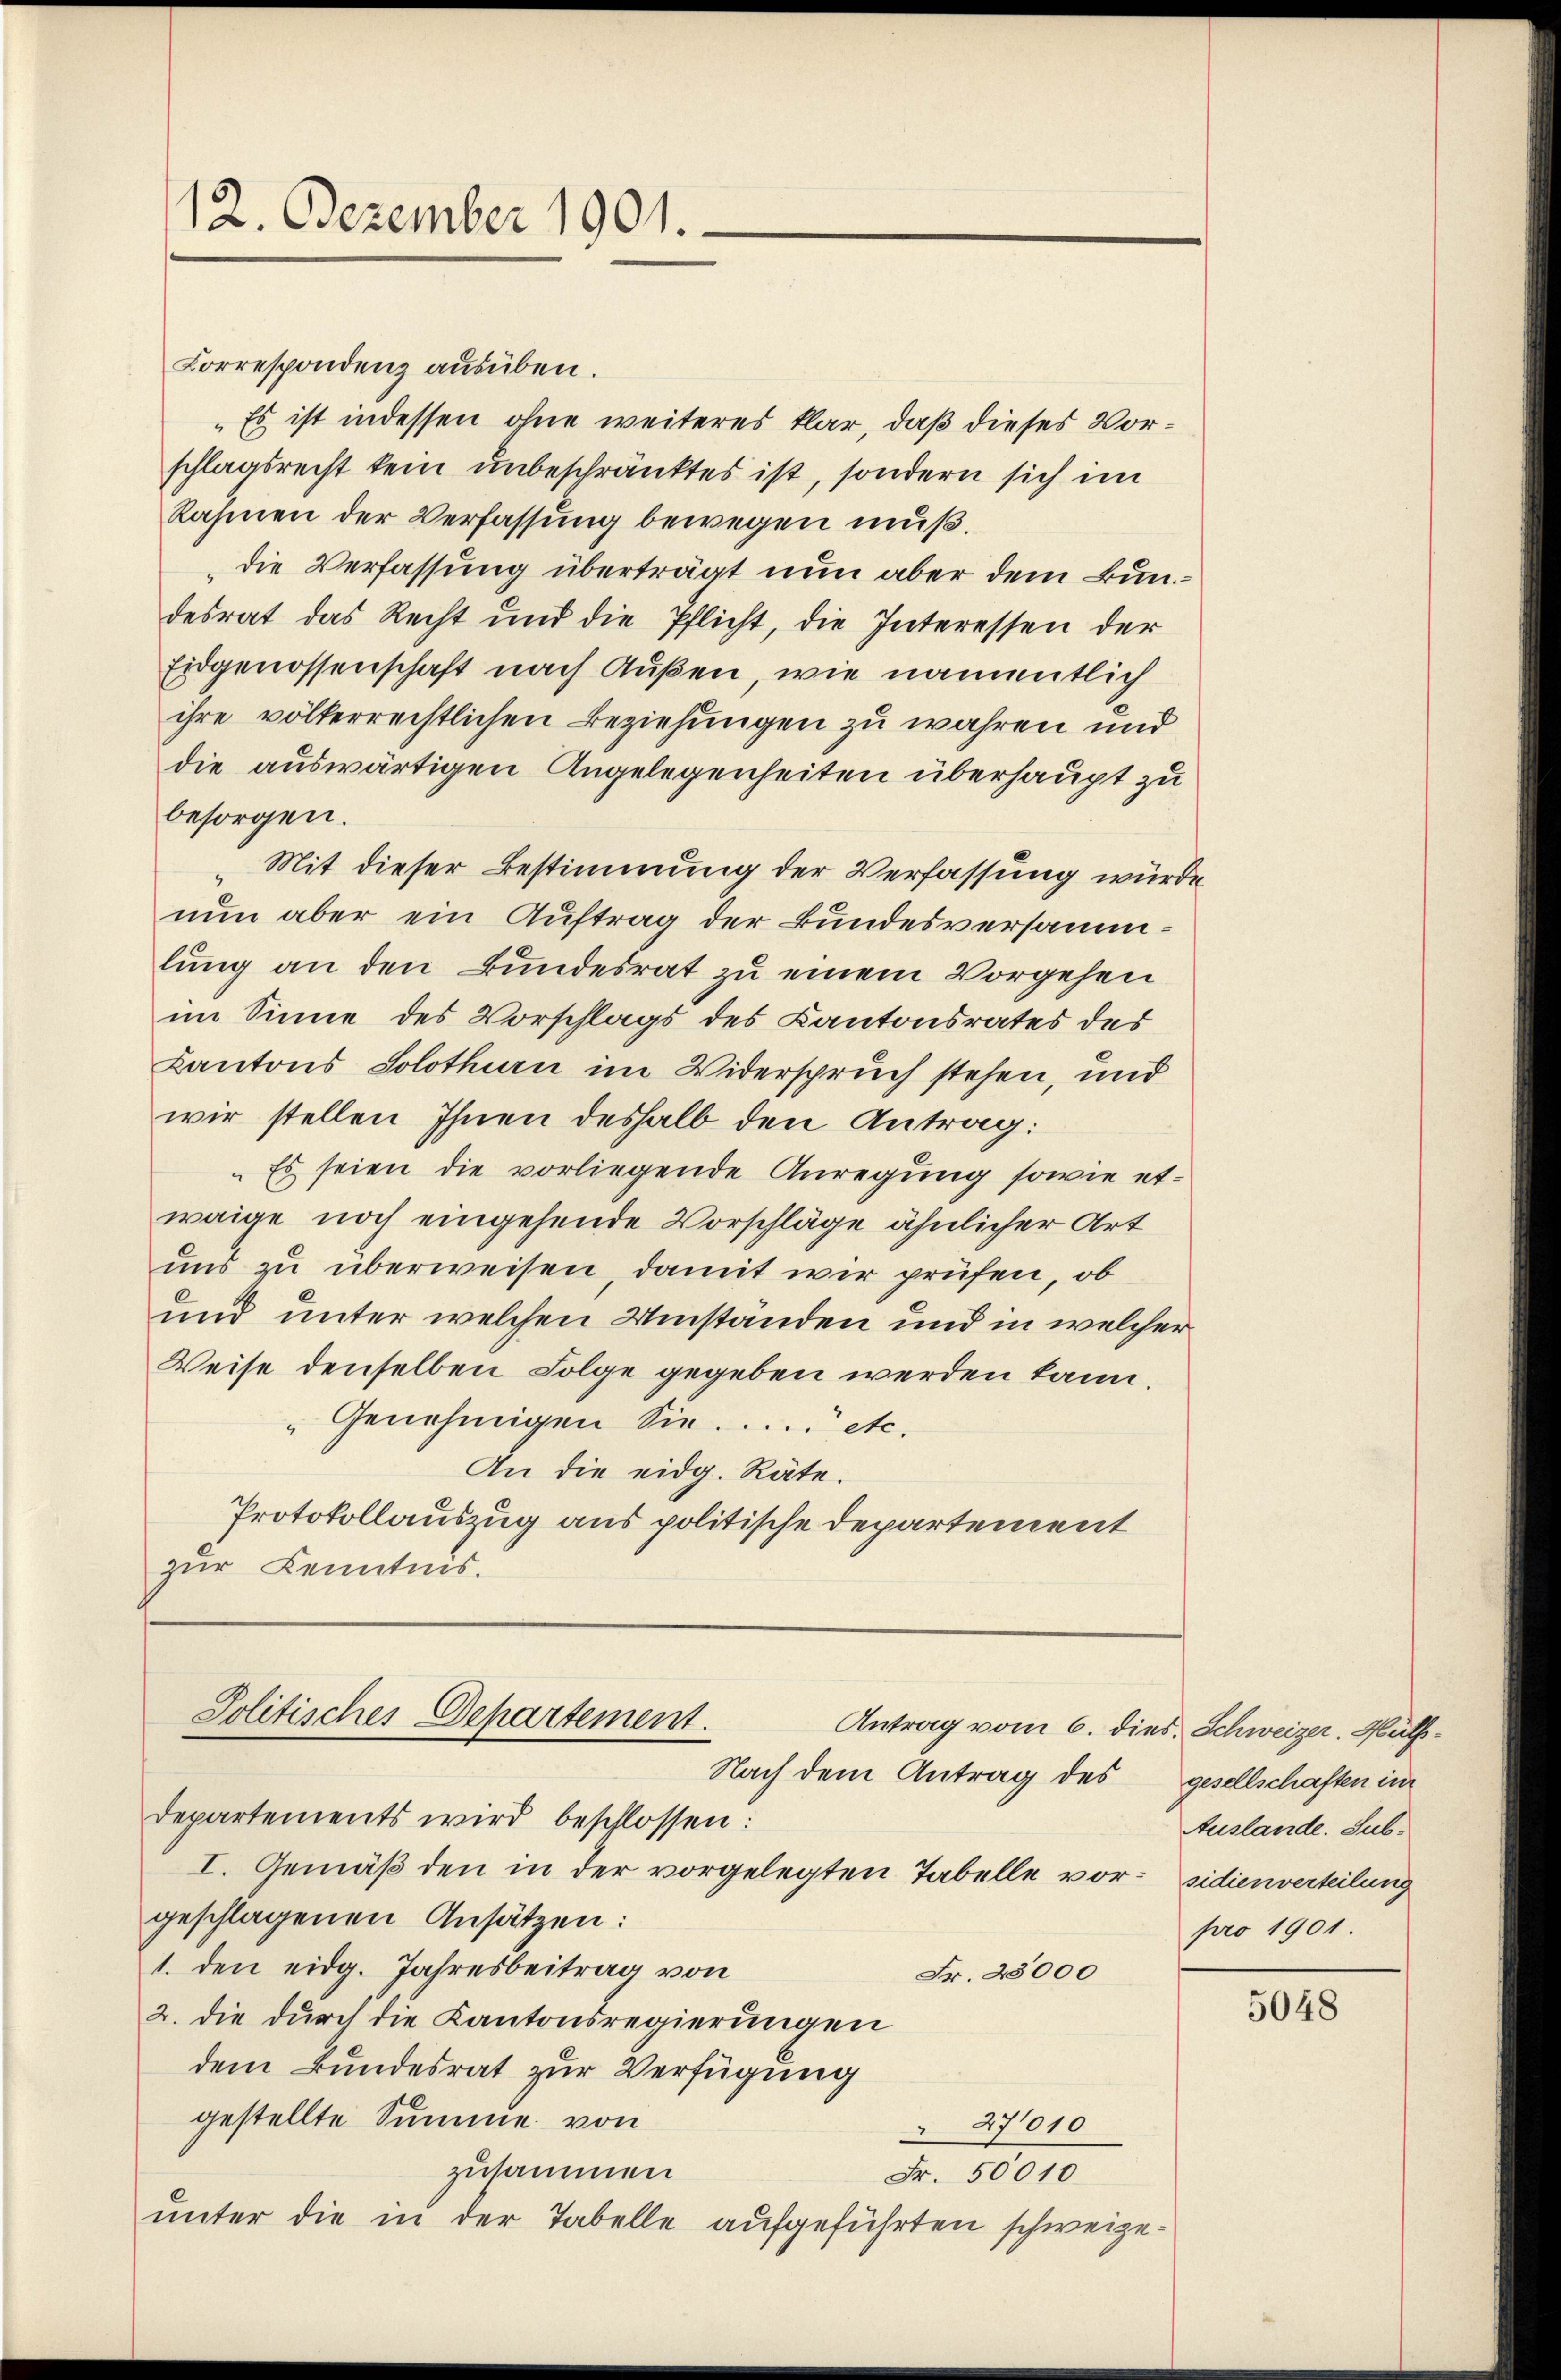
12. Dezember 1901.

Korrespondenz aŭsüben.
Es ist indessen ohne weiteres klar, daß dieses Vorschlagsrecht kein unbeschränktes ist, sondern sich im
Rahmen der Verfassung bewegen muß.
die Verfassung überträgt nun aber dem Bundesrat das Recht und die Pflicht, die Interessen der
Eidgenossenschaft nach Außen, wie namentlich
ihre völkerrechtlichen Beziehungen zu wahren und
die auswärtigen Angelegenheiten überhaupt zu
besorgen.
Mit dieser Bestimmung der Verfassung würde
nun aber ein Auftrag der Bundesversammlung an den Bundesrat zu einem Vorgehen
im Sinne des Vorschlags des Kantonsrates des
Kantons Solothurn im Widerspruch stehen, und
wir stellen Ihnen deshalb den Antrag:
"Es seien die vorliegende Anregung sowie etwaige noch eingehende Vorschläge ähnlicher Art
uns zu überweisen, damit wir prüfen, ob
und unter welchen Umstanden und in welcher
Weise denselben Folge gegeben werden kann.
"Genehmigen Sie .... etc.
An die eidg. Räte.
Protokollauszug aus politische Departement
zur Kenntnis.

Nach dem Antrag des
Departements wird beschlossen:
I. Gemäß den in der vorgelegten Tabelle vor- sidienverteilung
geschlagenen Ansätzen:
1. den eidg. Jahresbeitrag von
Fr. 28000
2. die durch die Kantonsregierungen
dem Bundesrat zur Verfügung
gestellte Summe von
27010
zusammen
Fr. 50010
unter die in der Tabelle aufgeführten schweize¬

Politisches Departement.
Antrag vom 6. dies. Schweizer. Hüt¬

gesellschaften im
Auslande. Sub.
pro 1901

5048